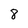
Character: 8